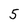
Character: 5